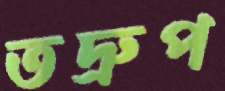
তদ্রুপ